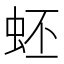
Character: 蚽